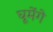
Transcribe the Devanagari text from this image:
घूमेंगे